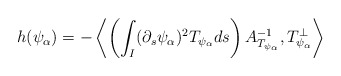
\begin{align*}h(\psi_\alpha)=-\left<\left(\int_I (\partial_s\psi_\alpha)^2 T_{\psi_\alpha}ds\right) A_{T_{\psi_\alpha}}^{-1}, T_{\psi_\alpha}^\perp\right>\end{align*}